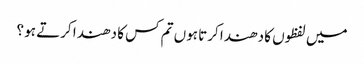
میں لفظوں کا دھندا کرتا ہوں تم کس کا دھندا کرتے ہو ؟